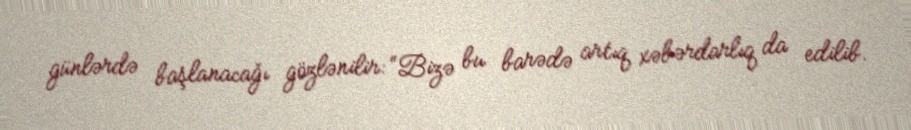
günlərdə başlanacağı gözlənilir: “Bizə bu barədə artıq xəbərdarlıq da edilib.